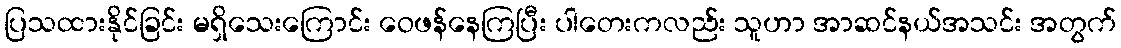
ပြသထားနိုင်ခြင်း မရှိသေးကြောင်း ဝေဖန်နေကြပြီး ပါတေးကလည်း သူဟာ အာဆင်နယ်အသင်း အတွက်